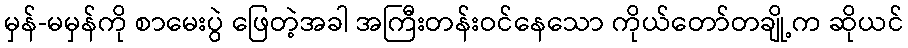
မှန်-မမှန်ကို စာမေးပွဲ ဖြေတဲ့အခါ အကြီးတန်းဝင်နေသော ကိုယ်တော်တချို့က ဆိုယင်